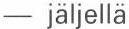
 jaljella